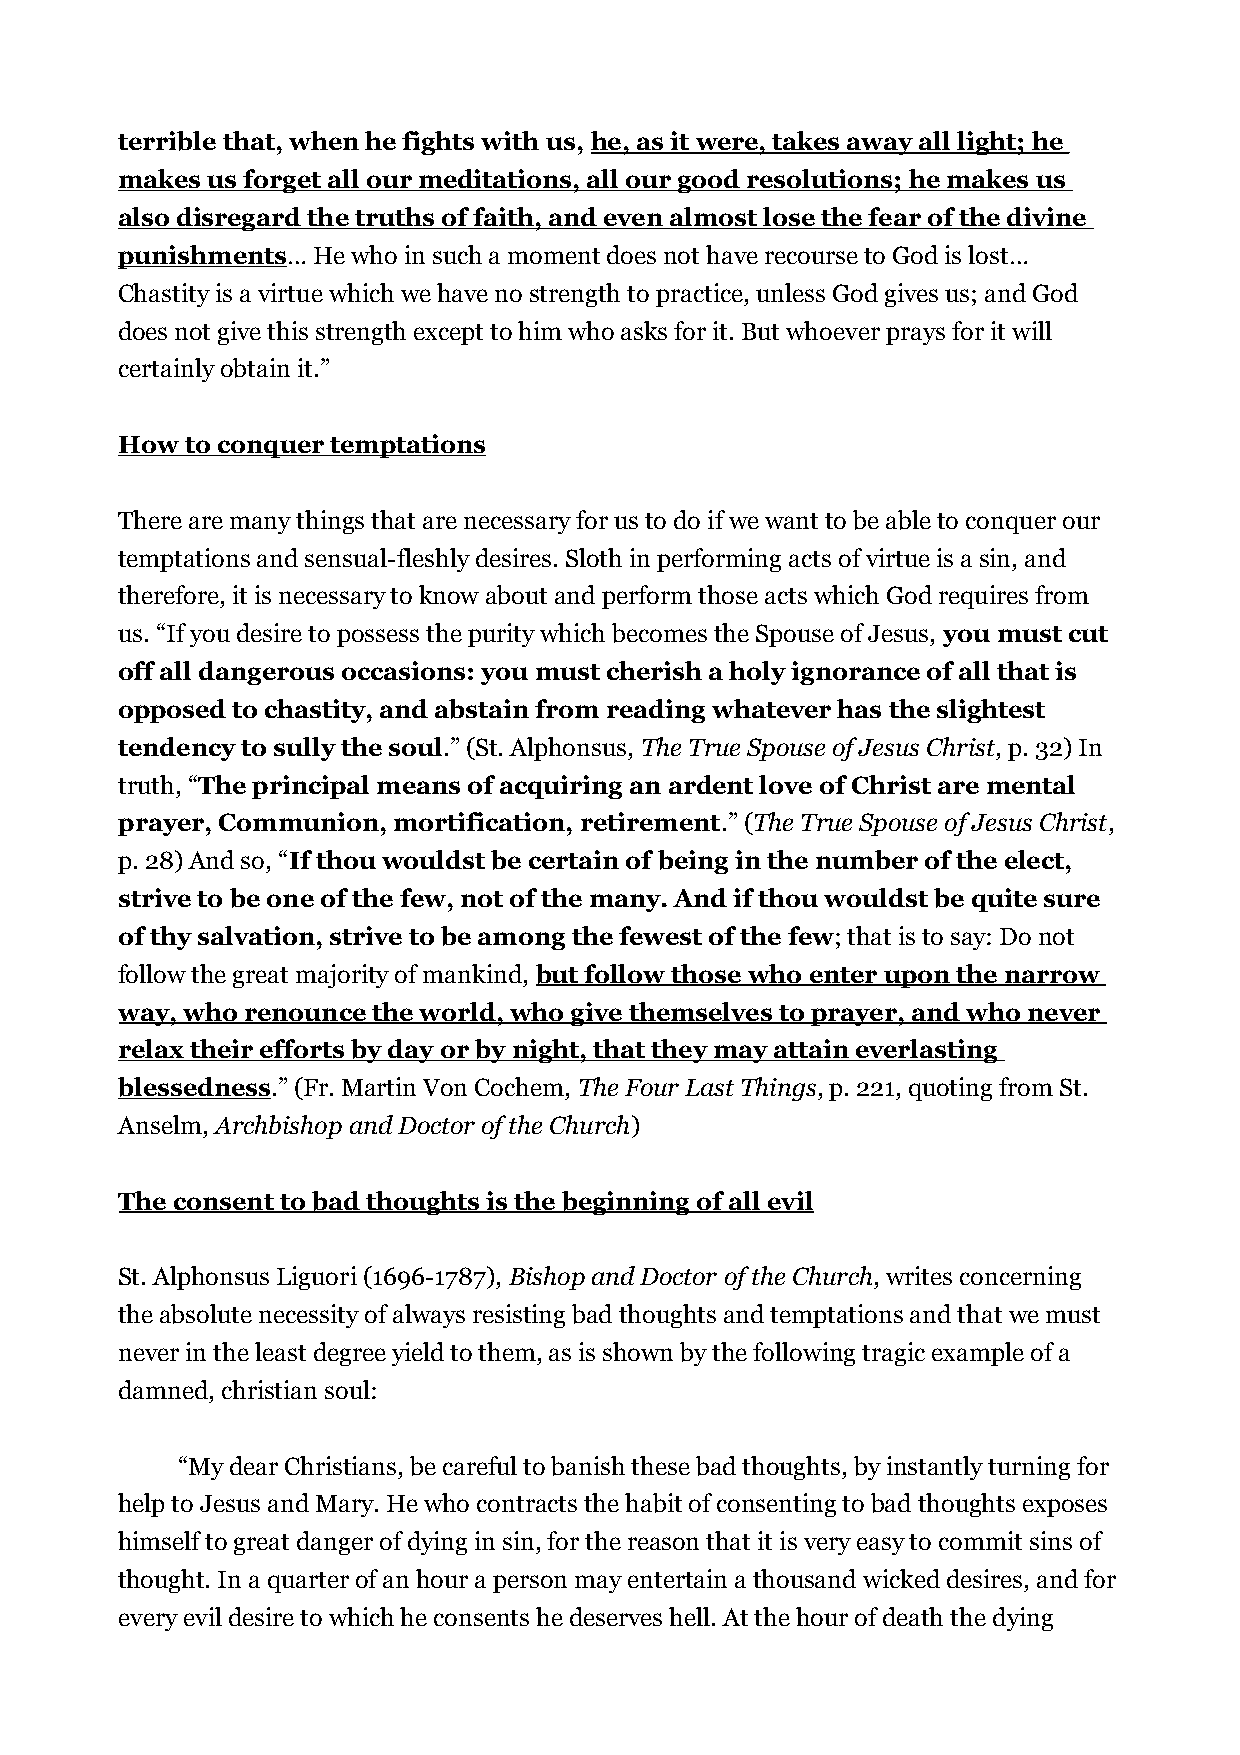
terrible that, when he fights with us, he, as it were, takes away all light; he
 makes us forget all our meditations, all our good resolutions; he makes us
 also disregard the truths of faith, and even almost lose the fear of the divine
 punishments… He who in such a moment does not have recourse to God is lost…
 Chastity is a virtue which we have no strength to practice, unless God gives us; and God
 does not give this strength except to him who asks for it. But whoever prays for it will
 certainly obtain it.”
 How to conquer temptations
 There are many things that are necessary for us to do if we want to be able to conquer our
 temptations and sensual-fleshly desires. Sloth in performing acts of virtue is a sin, and
 therefore, it is necessary to know about and perform those acts which God requires from
 us. “If you desire to possess the purity which becomes the Spouse of Jesus, you must cut
 off all dangerous occasions: you must cherish a holy ignorance of all that is
 opposed to chastity, and abstain from reading whatever has the slightest
 tendency to sully the soul.” (St. Alphonsus, The True Spouse of Jesus Christ, p. 32) In
 truth, “The principal means of acquiring an ardent love of Christ are mental
 prayer, Communion, mortification, retirement.” (The True Spouse of Jesus Christ,
 p. 28) And so, “If thou wouldst be certain of being in the number of the elect,
 strive to be one of the few, not of the many. And if thou wouldst be quite sure
 of thy salvation, strive to be among the fewest of the few; that is to say: Do not
 follow the great majority of mankind, but follow those who enter upon the narrow
 way, who renounce the world, who give themselves to prayer, and who never
 relax their efforts by day or by night, that they may attain everlasting
 blessedness.” (Fr. Martin Von Cochem, The Four Last Things, p. 221, quoting from St.
 Anselm, Archbishop and Doctor of the Church)
 The consent to bad thoughts is the beginning of all evil
 St. Alphonsus Liguori (1696-1787), Bishop and Doctor of the Church, writes concerning
 the absolute necessity of always resisting bad thoughts and temptations and that we must
 never in the least degree yield to them, as is shown by the following tragic example of a
 damned, christian soul:
 “My dear Christians, be careful to banish these bad thoughts, by instantly turning for
 help to Jesus and Mary. He who contracts the habit of consenting to bad thoughts exposes
 himself to great danger of dying in sin, for the reason that it is very easy to commit sins of
 thought. In a quarter of an hour a person may entertain a thousand wicked desires, and for
 every evil desire to which he consents he deserves hell. At the hour of death the dying